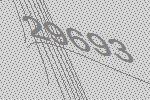
29693